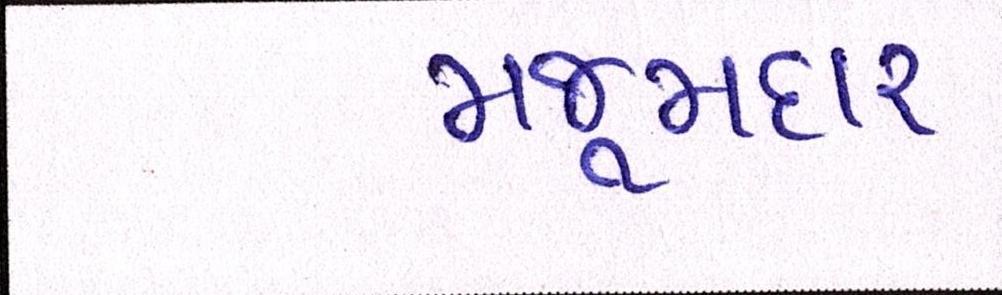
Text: મજૂમદાર